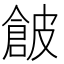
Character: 𱏗